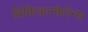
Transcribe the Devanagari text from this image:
विकिकान्फेरेन्स